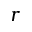
r